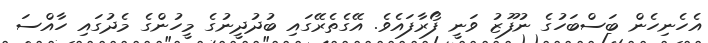
އެހެނިހެން ބަސްބަހުގެ ނުފޫޒު ވަނީ ފޯރާފައެވެ. އޭގެތެރޭގައި ބުދުދީނުގެ މީހުންގެ މެދުގައި ހާއްސަ